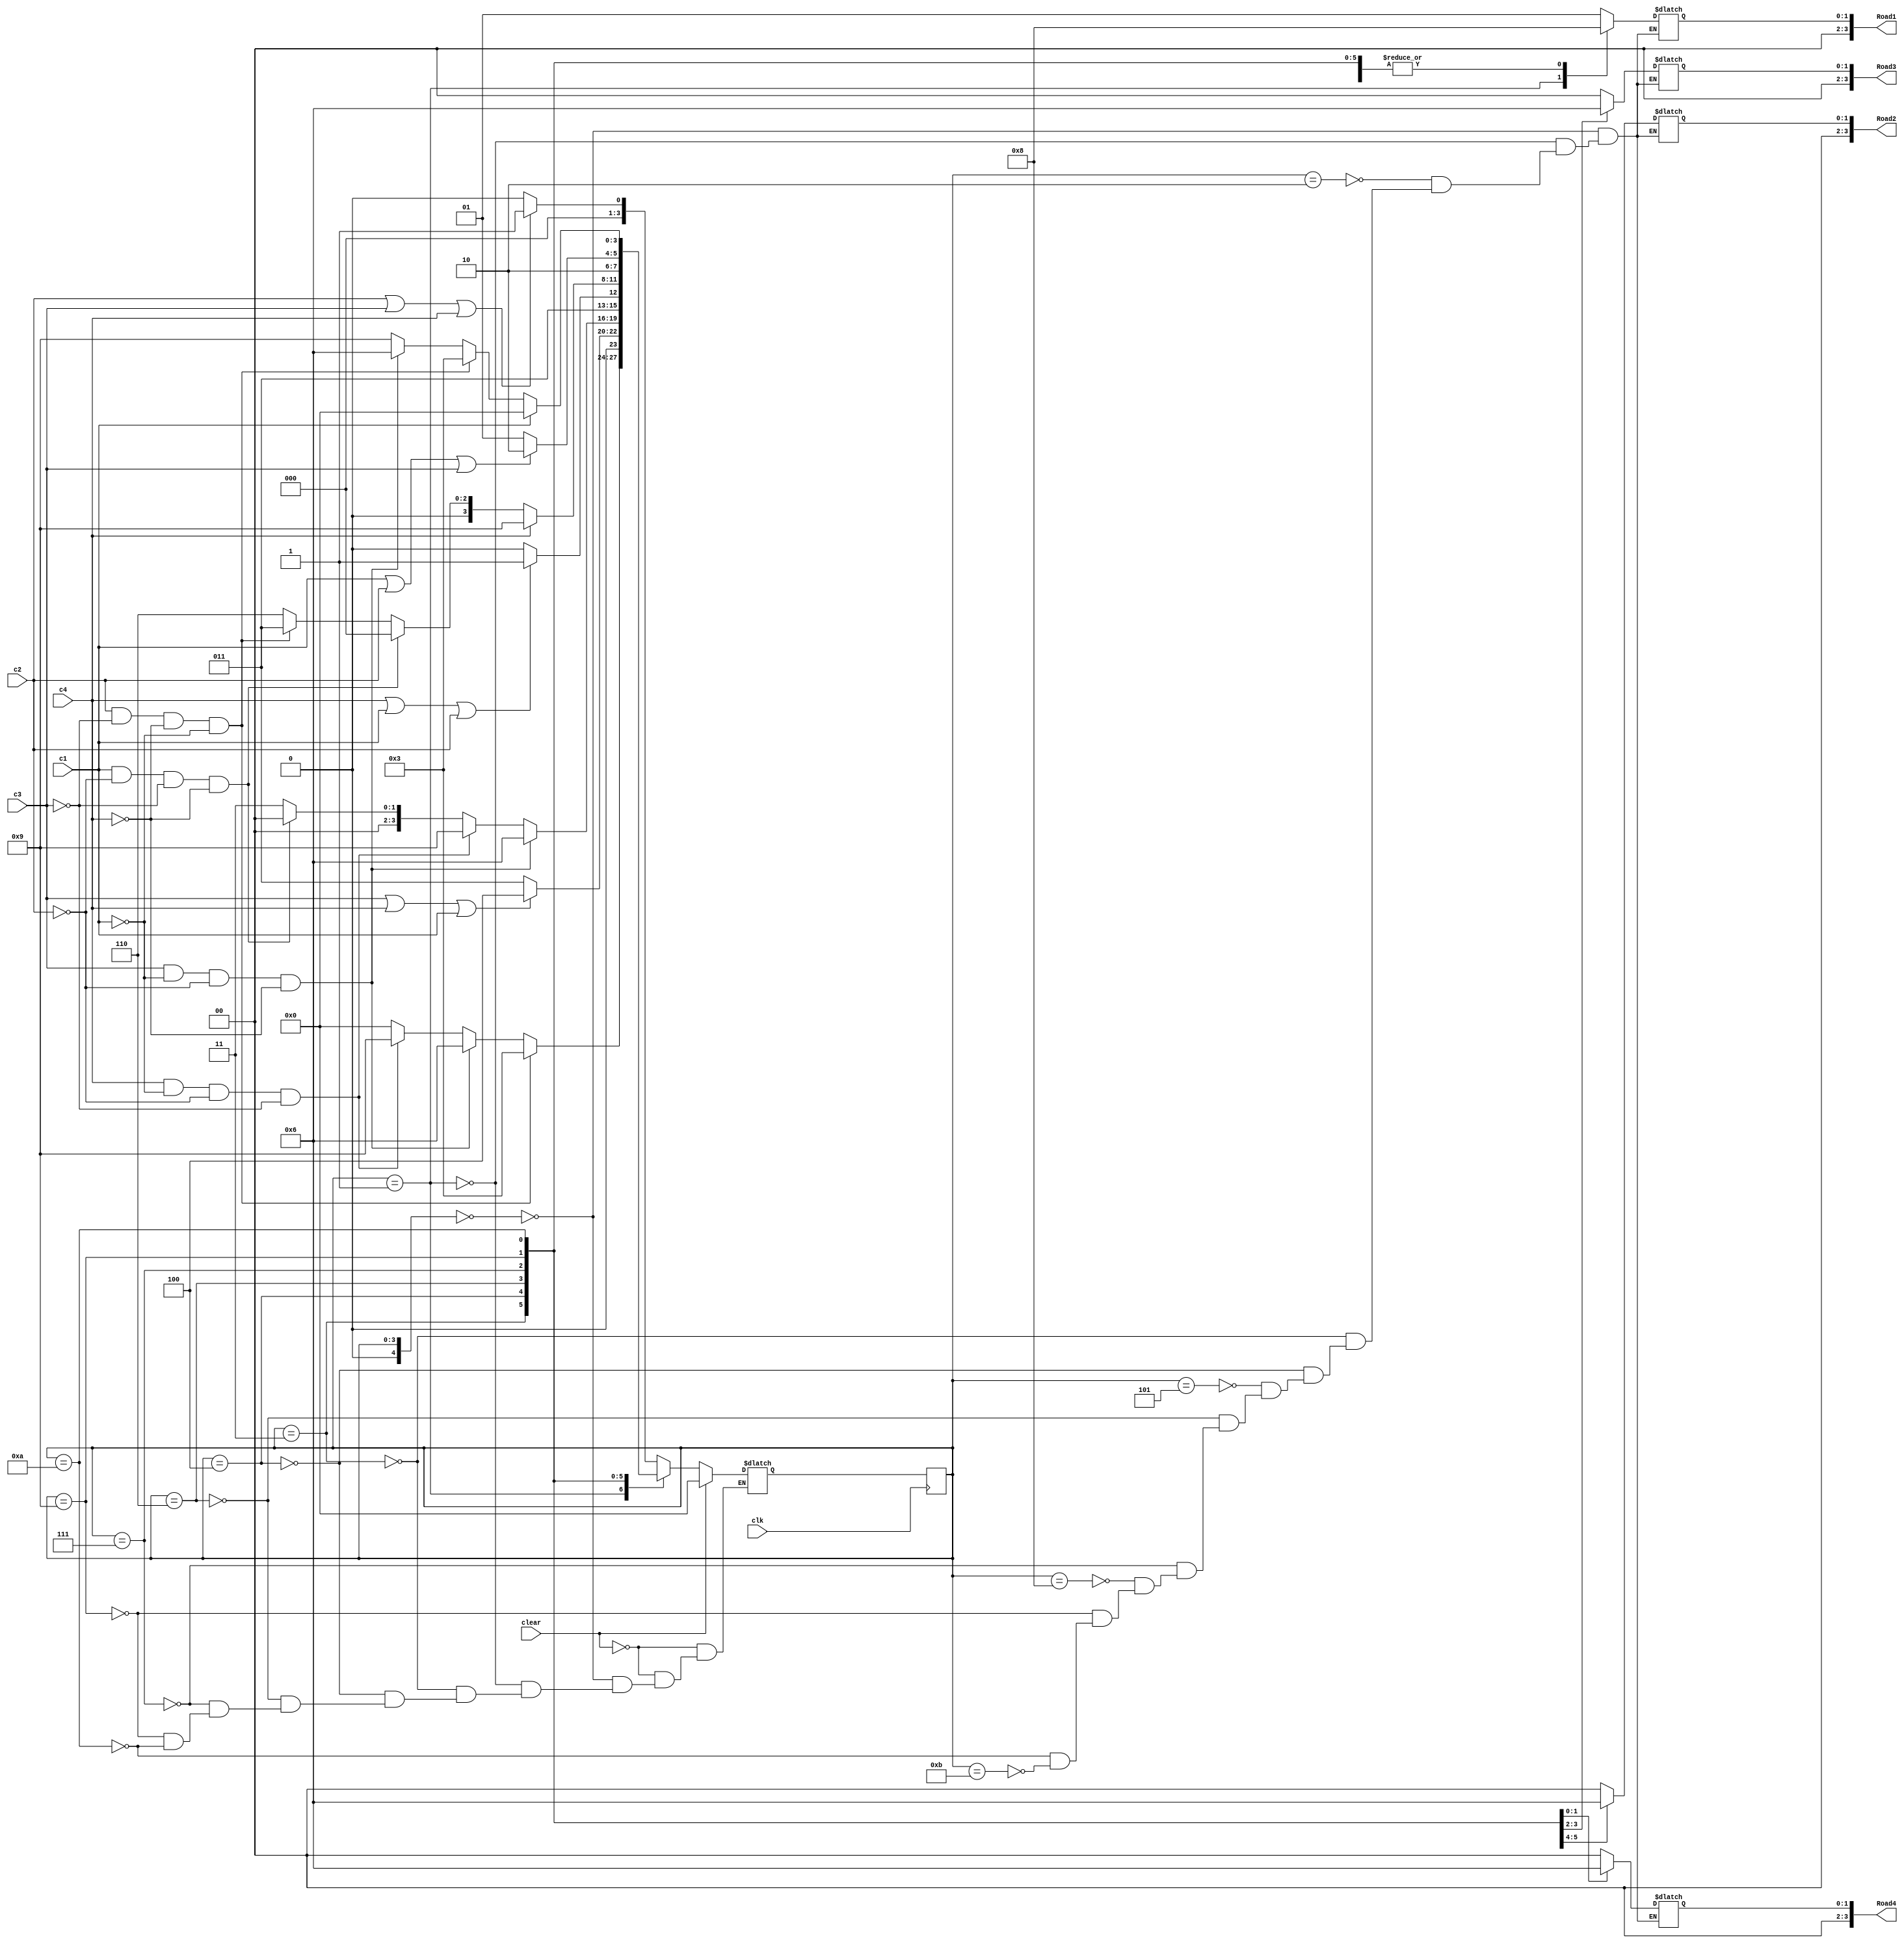


// define prameters
`define red 4'd0
`define  green 4'd1
`define yellow 4'd2

`define s0 4'd0    
`define s1 4'd1   
`define s2 4'd2   
`define s3 4'd3   
`define s4 4'd4   
`define s5 4'd5   
`define s6 4'd6   
`define s7 4'd7   
`define s8 4'd8   
`define s9 4'd9   
`define s10 4'd10   
`define s11 4'd11   

module Dynamic_traffic_light( 
     input clear,clk,
	  input c1,c2,c3,c4,
	  output reg [3:0] Road1,
	  output reg [3:0] Road2,
	  output reg [3:0] Road3,
	  output reg [3:0] Road4
    );

      reg[4:0] curr_state;
		reg[4:0] next_state;
	
		
		
		 initial
		 begin
		 curr_state=0;
		 next_state=0;
		 Road1=`green;
		 Road2=`red;
		 Road3=`red;
		 Road4=`red;
		 end
		 
		   always @(posedge clk)
		  curr_state=next_state;
		  
		  
		 always @(curr_state)
	 begin
		  case(curr_state)
		  `s0:begin
		      Road1=`green;
				Road2=`red;
				Road3=`red;
				Road4=`red;
				end
		 `s1:begin
		      Road1=`yellow;
				Road2=`red;
				Road3=`red;
				Road4=`red;
				end
				
		 `s2:begin
		      Road1=`red;
				Road2=`red;
				Road3=`red;
				Road4=`red;
				end
		
		  `s3:begin
		      Road1=`red;
				Road2=`green;
				Road3=`red;
				Road4=`red;
				end
				
		  `s4:begin
		      Road1=`red;
				Road2=`yellow;
				Road3=`red;
				Road4=`red;
				end
		  `s5:begin
			   Road1=`red;
				Road2=`red;
				Road3=`red;
				Road4=`red;
				end
		  `s6:begin
			   Road1=`red;
				Road2=`red;
				Road3=`green;
				Road4=`red;
				end
		  `s7:begin
			   Road1=`red;
				Road2=`red;
				Road3=`yellow;
				Road4=`red;
				end
			`s8:begin
			   Road1=`red;
				Road2=`red;
				Road3=`red;
				Road4=`red;
				end
			`s9:begin
			   Road1=`red;
				Road2=`red;
				Road3=`red;
				Road4=`green;
				end
		   `s10:begin
			   Road1=`red;
				Road2=`red;
				Road3=`red;
				Road4=`yellow;
				end
			`s11:begin
			   Road1=`red;
				Road2=`red;
				Road3=`red;
				Road4=`red;
				end
			 
		 endcase
	end
	
	     always @(curr_state or clear or c1 or c2 or c3 or c4 )
		  begin
		  if(clear)
		  begin
		  next_state=`s0;
		  end
		  
		  else
		  begin
		  
		  //ROAD 1
		  case (curr_state)
		  `s0:if(c2 || c3 || c4)
		  begin
		  next_state=`s1;
		  end
		  
		  else
		  begin
		  next_state=`s0;
		  end
		  
		 `s1:if(c2 && ~c3 && ~c4 && ~c1 )
		 begin
		  next_state=`s3;
		  end
		  
		  else if (c3 && ~ c1  && ~c2 && ~c4)
		  begin
		  next_state=`s6;
		  end
		  
		  else if(c4 && ~c1 && ~c2 && ~c3)
		  begin
		  next_state=`s9;
		  end
		  
		  else 
		  begin
		  next_state=`s0;
		  end
		   
			
			//ROAD 2
		   `s3:if(c3 || c4 || c1 )
			begin
		  next_state=`s4;
		  end
		  else
		  begin 
		  next_state=`s3;
		  end

		 `s4:if(c3 && ~ c1  && ~c2 && ~c4 )
		 begin
		  next_state=`s6;
		  end
		   else if(c4 && ~c1 && ~c2 && ~c3)
			begin
		  next_state=`s9;
		  end
		  else if(c1 && ~c2 && ~c3 && ~c4)
		  begin
		  next_state=`s0;
		  end
		 else 
		 begin
		  next_state=`s3;
		  end

		  
		  //ROAD 3
		   `s6:if(c4|| c1 || c2 )
			begin
		  next_state=`s7;
		  end
		  else
		  begin
		  next_state=`s6;
		  end
		 `s7:if(c4)
		 begin
		  next_state=`s9;
		  end
		  else if(c1 && ~c2 && ~c3 && ~c4)
		  begin
		  next_state=`s0;
		  end
		  else if(c2 && ~c3 && ~c4 && ~c1)
		  begin
		  next_state=`s3;
		  end
		  else 
		  begin
		  next_state=`s6;
		  end
        
		  
         //ROAD 4
		  `s9:if(c1 || c2 || c3)
		 begin
		  next_state=`s10;
		  end
		  else
		  begin
		  next_state=`s9;
		  end
		 `s10:if(c1)
		 begin
		  next_state=`s0;
		  end
		  else if(c2 && ~c3 && ~c4 && ~c1)
		  begin
		  next_state=`s3;
		  end
		  else if (c3 && ~ c1  && ~c2 && ~c4)
		  begin
		  next_state=`s6;
		  end
		  else 
		  begin
		  next_state=`s9;
		  end
		  
		   endcase
		end
		 end
endmodule